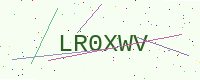
Text: LR0XWV